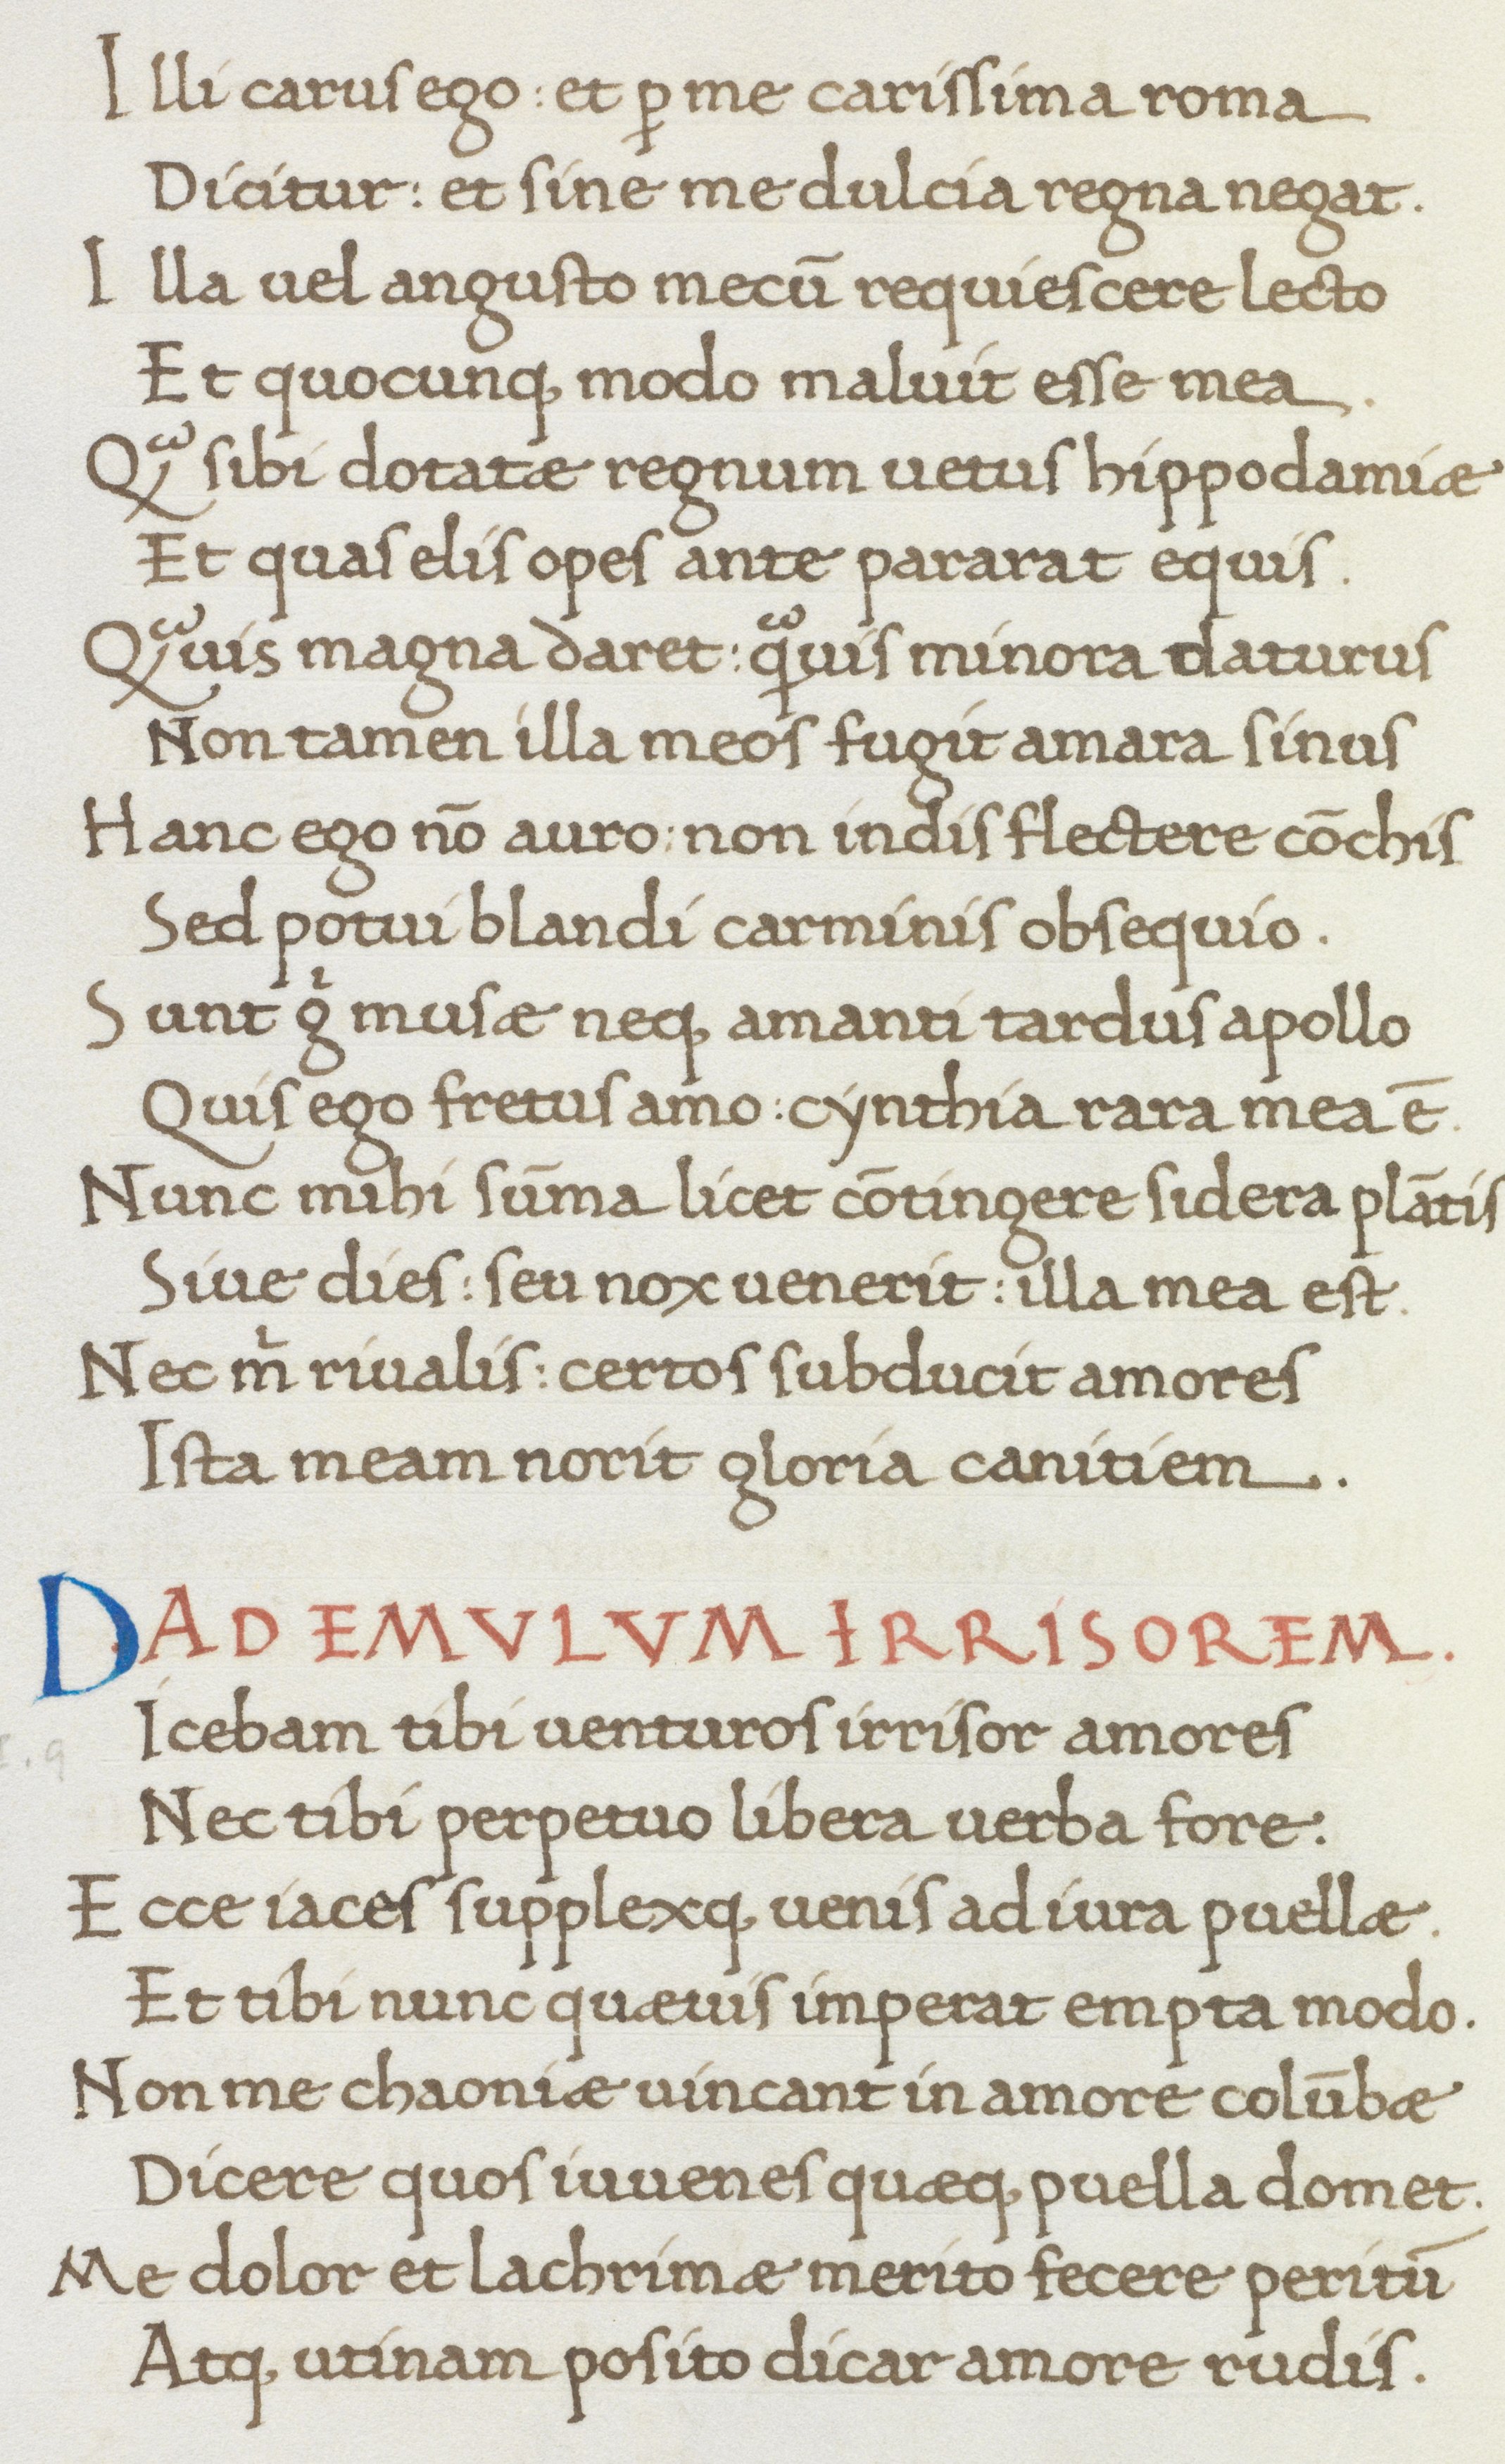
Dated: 1466–1466